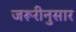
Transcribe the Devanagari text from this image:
जरूरीनुसार